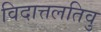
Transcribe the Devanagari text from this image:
विदात्तलतिवु